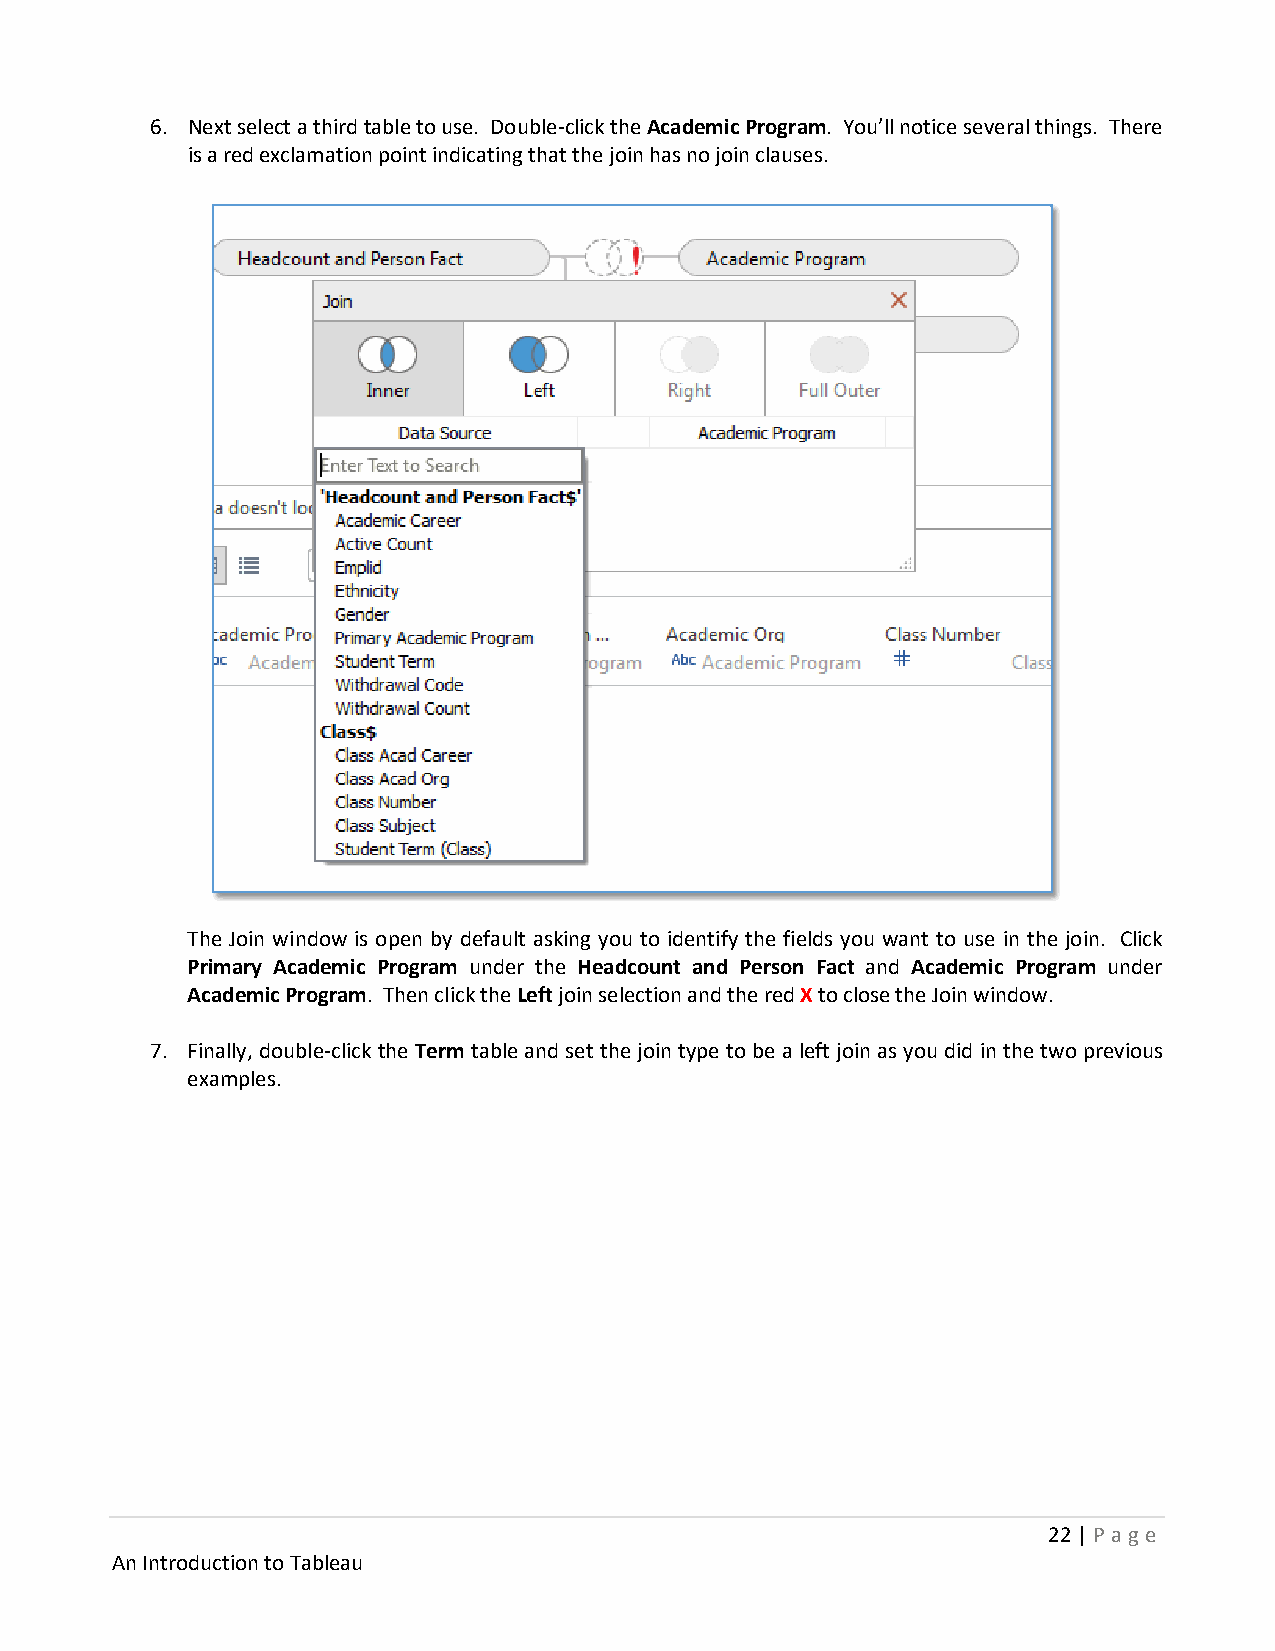
6. Next select a third table to use. Double-click the Academic Program. You’ll notice several things. There
 is a red exclamation point indicating that the join has no join clauses.
 The Join window is open by default asking you to identify the fields you want to use in the join. Click
 Primary Academic Program under the Headcount and Person Fact and Academic Program under
 Academic Program. Then click the Left join selection and the red X to close the Join window.
 7. Finally, double-click the Term table and set the join type to be a left join as you did in the two previous
 examples.
 22 | P age
 An Introduction to Tableau